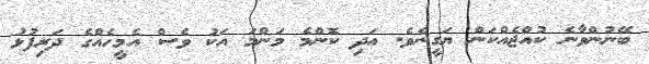
ބޭނުންވާނެ ކުއްޖެއްކަން ޔަގީނެވެ. އަދި ކޮންމެ މަންމަ އަކު ވެސް އެމީހެއްގެ ދަރިފުޅު